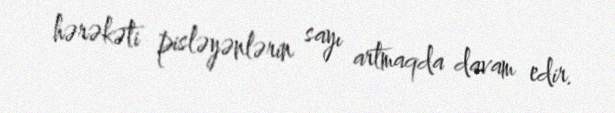
hərəkəti pisləyənlərin sayı artmaqda davam edir.